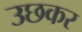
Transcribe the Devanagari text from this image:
उछकर